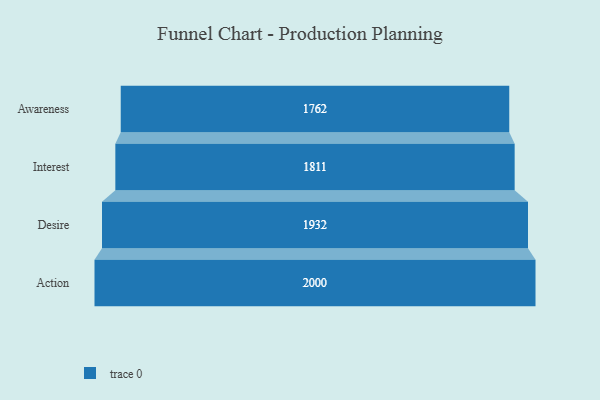
{"axis": {"x": "Stage", "y": "Value"}, "legend": [""], "data": [{"x": "Awareness", "y": 1762.0, "type": ""}, {"x": "Interest", "y": 1811.0, "type": ""}, {"x": "Desire", "y": 1932.0, "type": ""}, {"x": "Action", "y": 2000, "type": ""}]}